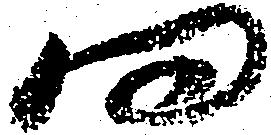
問